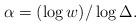
LaTeX: \begin{align*} \alpha = (\log w)/\log \Delta .\end{align*}